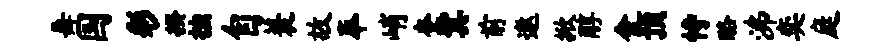
舞国彩揆拙自蓑故奉峭奎冀前遨掀醇会预恃酪沸奕庭